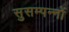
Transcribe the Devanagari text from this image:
सुसम्पन्नों